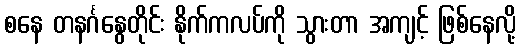
စနေ တနင်္ဂနွေတိုင်း နိုက်ကလပ်ကို သွားတာ အကျင့် ဖြစ်နေလို့